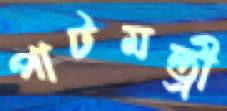
পাটমন্ত্রী